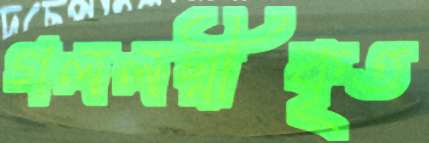
গললগ্নীকৃত